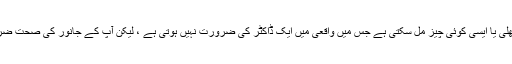
آپ کو مچھلی یا ایسی کوئی چیز مل سکتی ہے جس میں واقعی میں ایک ڈاکٹر کی ضرورت نہیں ہوتی ہے ، لیکن آپ کے جانور کی صحت ضروری ہے۔